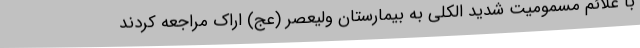
با علائم مسمومیت شدید الکلی به بیمارستان ولیعصر (عج) اراک مراجعه کردند